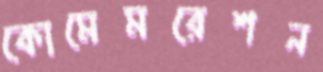
কোমেমরেশন